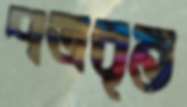
পত্রবৃন্ত